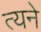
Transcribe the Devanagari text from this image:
त्यने